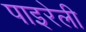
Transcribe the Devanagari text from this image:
पाइरेली